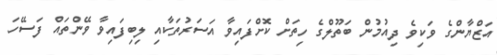
އަޒްޔާންގެ ވަކިވެ ދިއުމުން ބަތޫލްގެ ހިތަށް ކޮށްފައިވާ އަސަރުތަކާއި ލިބިފައިވާ ވޭންތައް ފަސޭހަ